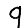
Digit: 9